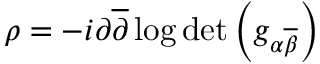
\rho = - i \partial { \overline { { \partial } } } \log \operatorname* { d e t } \left( g _ { \alpha { \overline { { \beta } } } } \right)